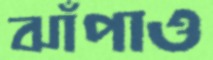
ঝাঁপাও